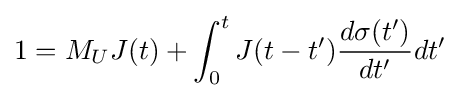
1=M_{U}J(t)+\int _{0}^{t}J(t-t'){d\sigma (t') \over dt'}dt'